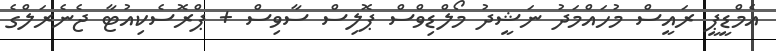
އެމްޑީޕީ ރައީސް މުހައްމަދު ނަޝީދު މޯލްޑިވްސް ޕޮލިސް ސާވިސް + ޕްރޮސެކިއުޓާ ޖެނެރަލްގެ